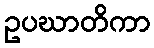
ဥပဃာတိကာ